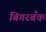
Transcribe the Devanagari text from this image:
बिगरबँक